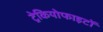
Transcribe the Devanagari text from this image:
ट्रेकियोफाइटों